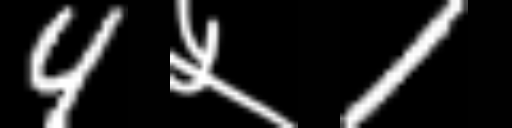
Text: 4५1